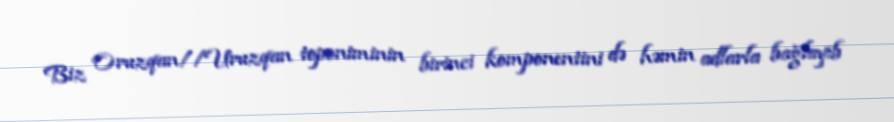
Biz Oruzqan//Uruzqan toponiminin birinci komponentini də həmin adlarla bağlayıb